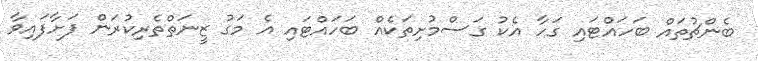
ބެންޗުތައް ބަހައްޓައި ގަހާ އެކު ގަސްމުށިތަކެއް ބަހައްޓައި އެ މަގު ޒީނަތްތެރިކުރަން ފަށާފައިވާ